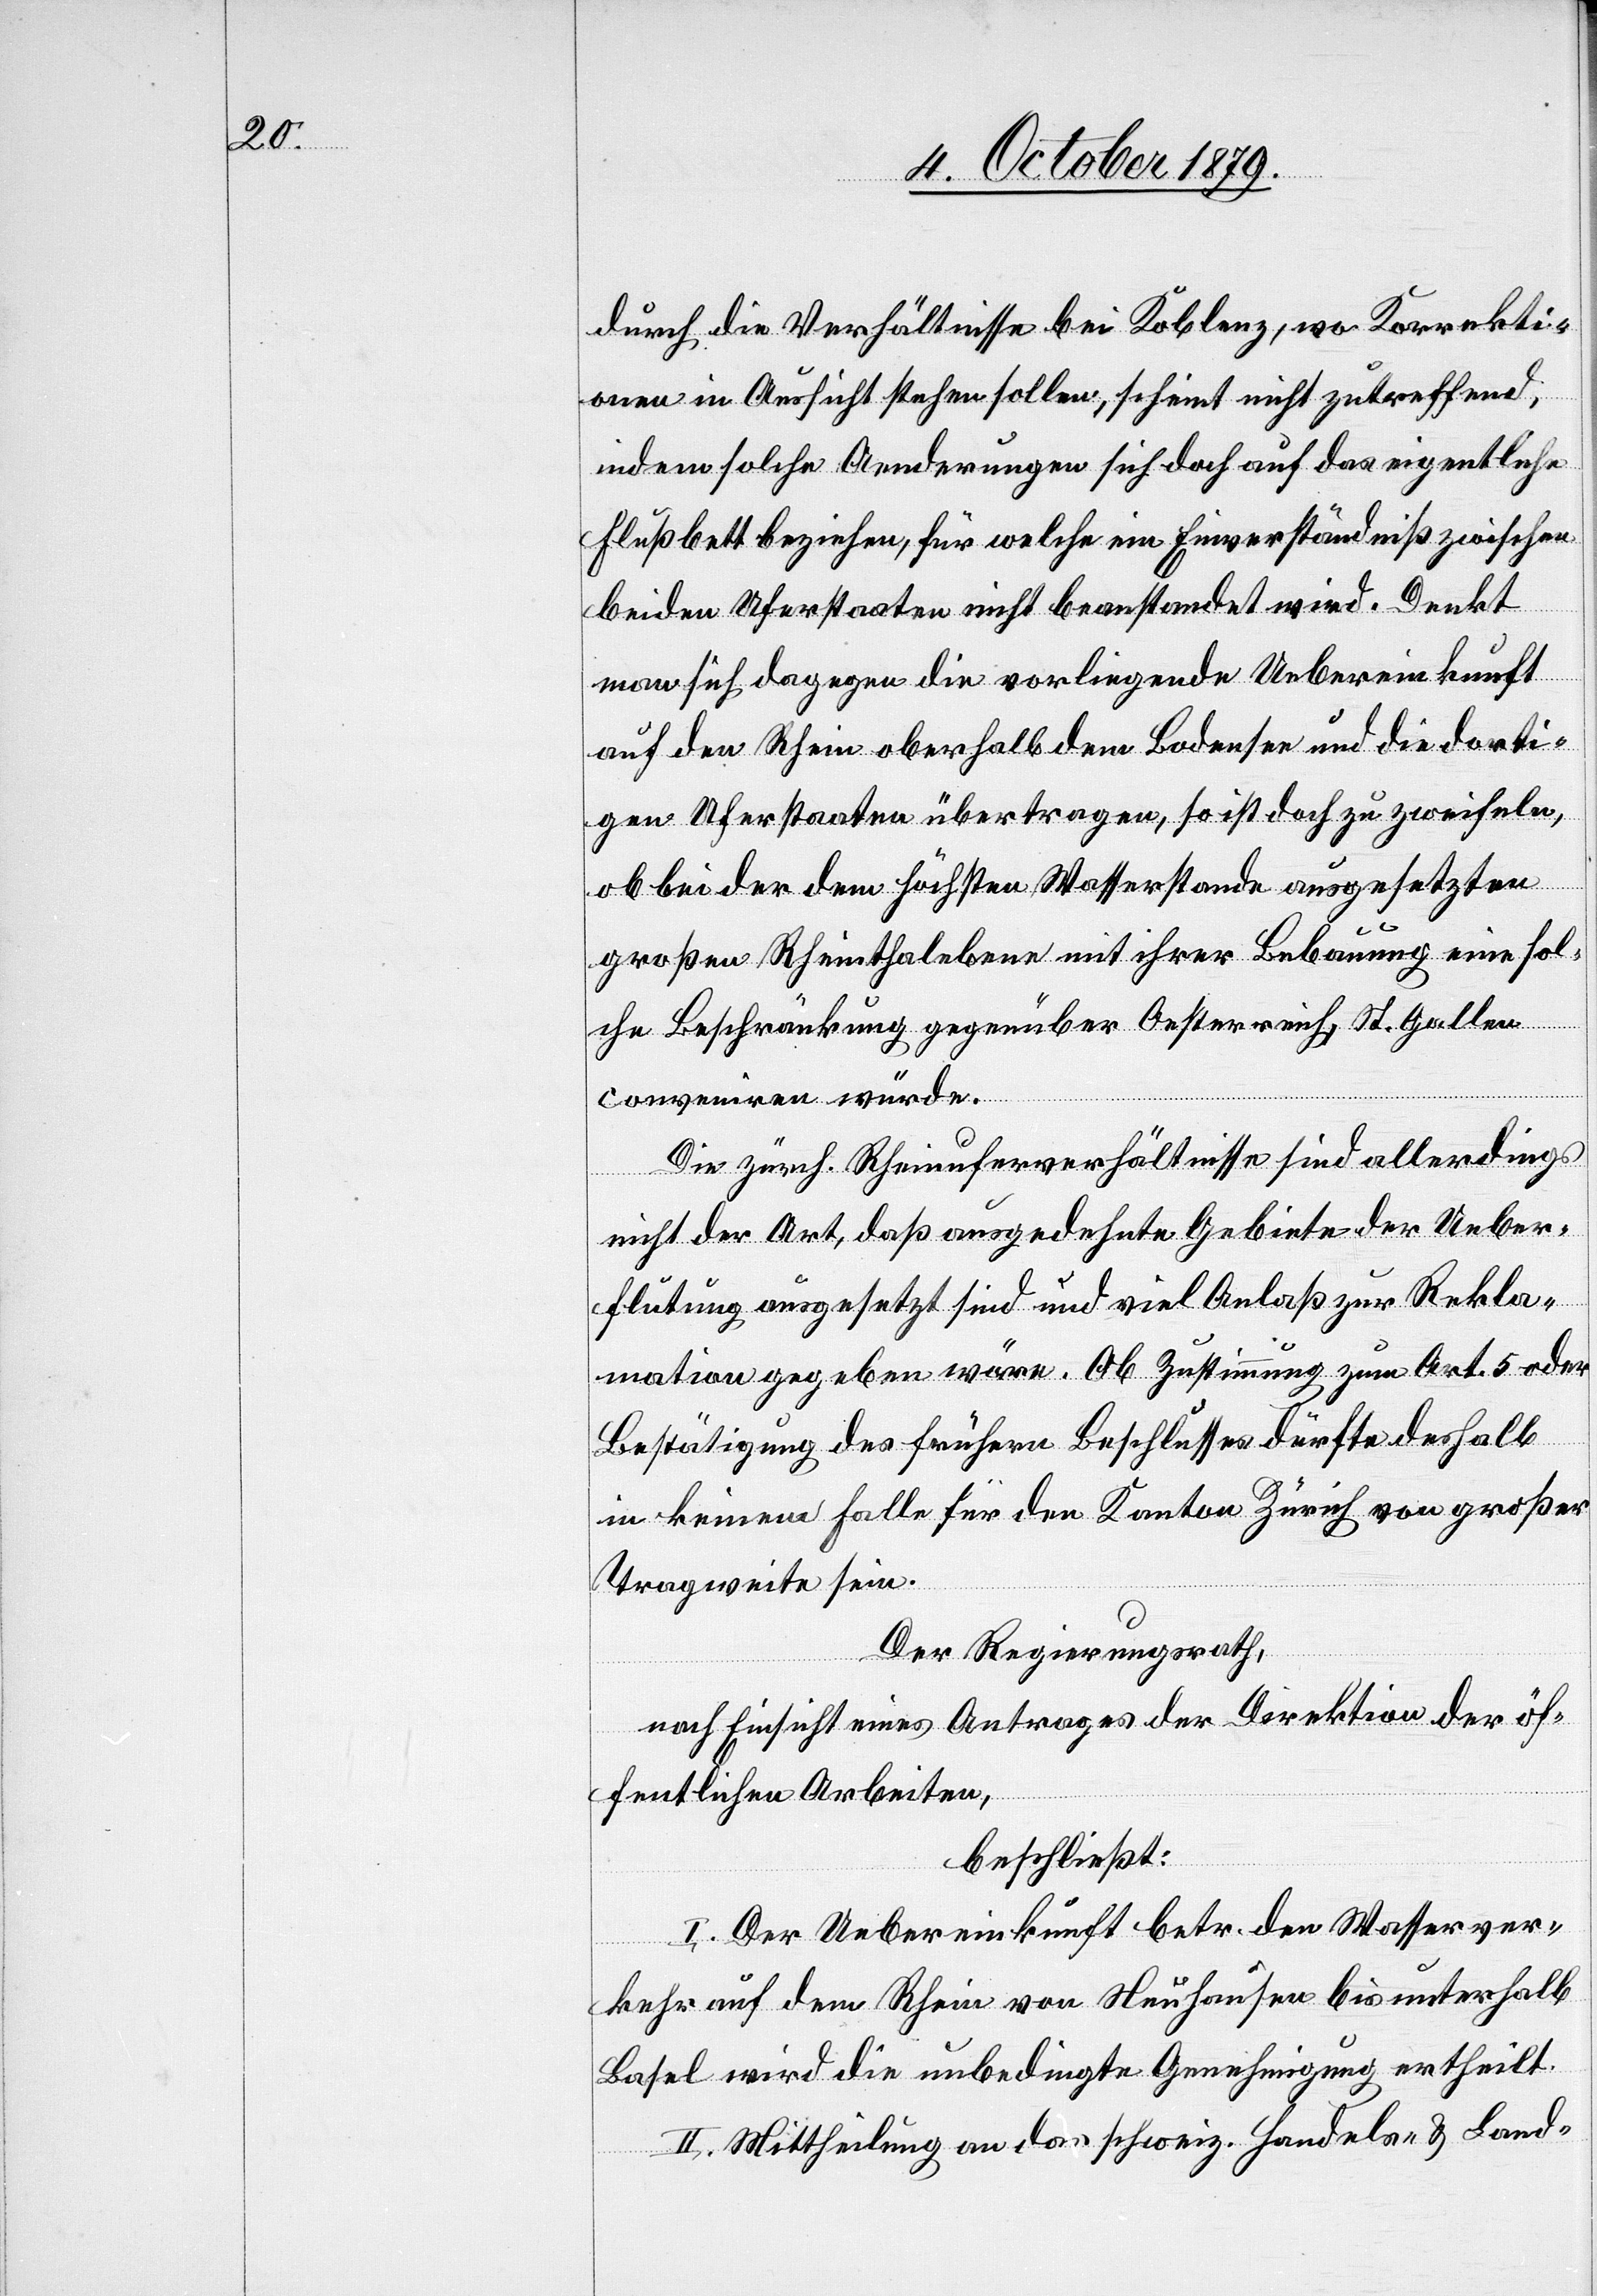
durch die Verhältnisse bei Koblenz, wo Korrekti¬
onen in Aussicht stehen sollen, scheint nicht zutreffend,
indem solche Aenderungen sich doch auf das eigentliche
Flußbett beziehen, für welche ein Einverständniß zwischen
beiden Uferstaaten nicht beanstandet wird. Denkt
man sich dagegen die vorliegende Uebereinkunft
auf den Rhein oberhalb dem Bodensee und die dorti¬
gen Uferstaaten übertragen, so ist doch zu zweifeln,
ob beider dem höchsten Wasserstande ausgesetzten
großen Rheinthalebene mit ihrer Bebauung eine sol¬
che Beschränkung gegenüber Oesterreich, St. Gallen
conveniren würde.
Die zürch. Rheinuferverhältnisse sind allerdings
nicht der Art, daß ausgedehnte Gebiete der Ueber¬
flutung ausgesetzt sind und viel Anlaß zur Rekla¬
mation gegeben wäre. Ob Zustimmung zum Art. 5 oder
Bestätigung des frühern Beschlusses dürfte deshalb
in keinem Falle für den Kanton Zürich von großer
Tragweite sein.
Der Regierungsrath,
nach Einsicht eines Antrages der Direktion der öf¬
fentlichen Arbeiten,
beschließt:
I. Der Uebereinkunft betr. den Wasserver¬
kehr auf dem Rhein von Neuhausen bis unterhalb
Basel wird die unbedingte Genehmigung ertheilt.
II. Mittheilung an das schweiz. Handels- & Land-